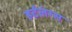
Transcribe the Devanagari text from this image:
हर्टलंग्स